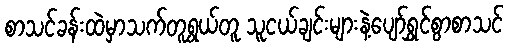
စာသင်ခန်းထဲမှာသက်တူရွယ်တူ သူငယ်ချင်းများနဲ့ပျော်ရွှင်စွာစာသင်